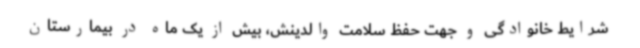
شرایط خانوادگی و جهت حفظ سلامت والدینش، بیش از یک ماه در بیمارستان